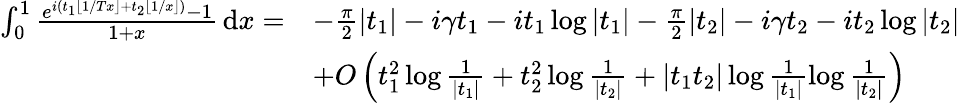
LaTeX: \begin{array}{rl}{\int_{0}^{1}\frac{e^{i(t_{1}\lfloor 1/Tx\rfloor+t_{2}\lfloor 1/x\rfloor)}-1}{1+x}\, \mathrm{d}x=}&{-\frac{\pi}{2}|t_{1}|-i\gamma t_{1}-it_{1}\log|t_{1}|-\frac{\pi}{2}|t_{2}|-i\gamma t_{2}-it_{2}\log|t_{2}|}\\ &{+O\left(t_{1}^{2}\log\frac{1}{|t_{1}|}+t_{2}^{2}\log\frac{1}{|t_{2}|}+|t_{1}t_{2}|\log\frac{1}{|t_{1}|}\log\frac{1}{|t_{2}|}\right)}\end{array}